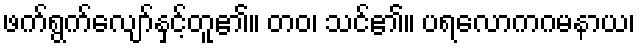
ဖက်ရွက်လျော်နှင့်တူ၏။ တဝ၊ သင်၏။ ပရလောကဂမနာယ၊